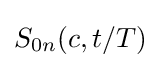
S_{0n}(c,t/T)